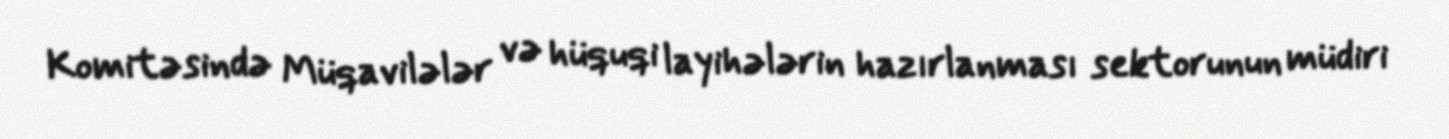
Komitəsində Müqavilələr və hüquqi layihələrin hazırlanması sektorunun müdiri